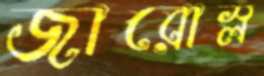
জারোস্ল